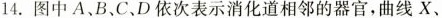
14.图中A、B、C、D依次表示消化道相邻的器官，曲线X、